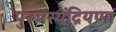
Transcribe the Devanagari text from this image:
पुरुषस्येंद्रियणां